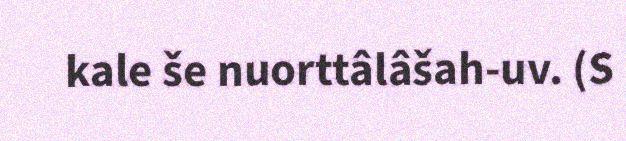
kale še nuorttâlâšah-uv. (S